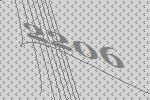
2206